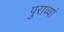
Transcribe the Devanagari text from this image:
पुराव्यां